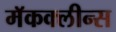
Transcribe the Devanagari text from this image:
मॅकक्लीन्स